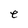
Character: e